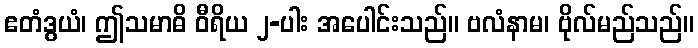
ဧတံဒွယံ၊ ဤသမာဓိ ဝီရိယ ၂-ပါး အပေါင်းသည်။ ဗလံနာမ၊ ဗိုလ်မည်သည်။